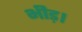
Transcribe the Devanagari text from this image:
भीड़।